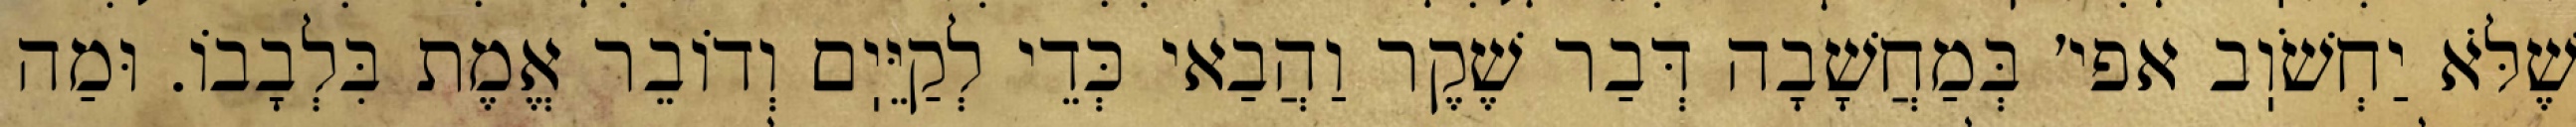
שֶׁלֹּא יַחְשֹׁוֽב אפי׳ בְּמַחֲשָׁבָה דְּבַר שֶׁקֶר וַהֲבַאי כְּדֵי לְקַיֵּיֽם וְדוֹבֵר אֱמֶת בִּלְבָבוֹ. וּמַה